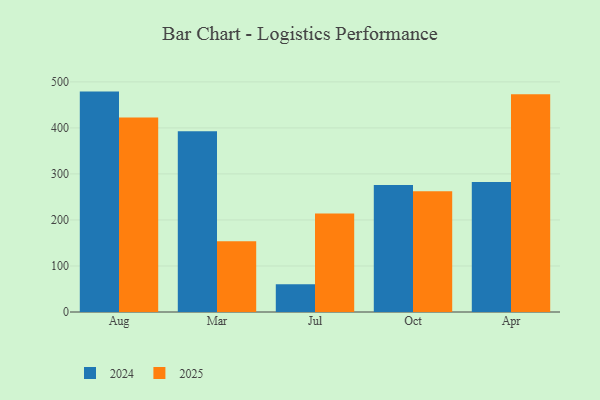
{"axis": {"x": "Month", "y": "Active Users"}, "legend": ["2024", "2025"], "data": [{"x": "Aug", "y": 422.7, "type": "2025"}, {"x": "Aug", "y": 478.9, "type": "2024"}, {"x": "Mar", "y": 153.5, "type": "2025"}, {"x": "Mar", "y": 393.0, "type": "2024"}, {"x": "Jul", "y": 214.2, "type": "2025"}, {"x": "Jul", "y": 60.1, "type": "2024"}, {"x": "Oct", "y": 262.3, "type": "2025"}, {"x": "Oct", "y": 275.9, "type": "2024"}, {"x": "Apr", "y": 473.2, "type": "2025"}, {"x": "Apr", "y": 282.5, "type": "2024"}]}